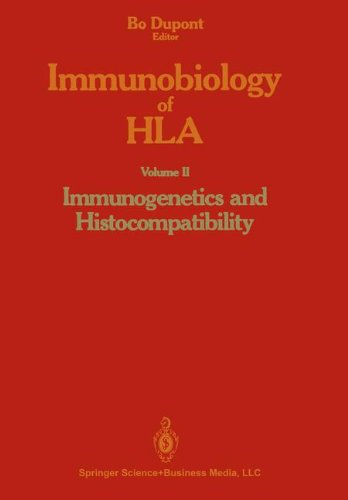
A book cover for Immunobiology of HLA: Volume II: Immunogenetics and Histocompatibility; Bo Dupont; Medical Books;